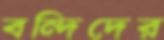
বন্দিদের